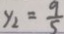
y _ { 2 } = \frac { 9 } { 5 }